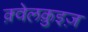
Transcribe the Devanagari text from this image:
क़्वेलक़ुइज़